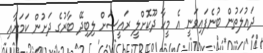
ދައުލަތުން ބުނެފައިވަނީ އެ މީހާ ދޫކޮށްލީ ރައީސަށް ލިބިދޭ ބާރުގެ ދަށުން ކަމަށާއި